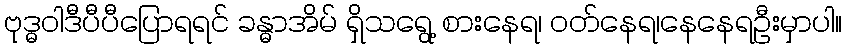
ဗုဒ္ဓဝါဒီပီပီပြောရရင် ခန္ဓာအိမ် ရှိသရွေ့ စားနေရ၊ ဝတ်နေရ၊နေနေရဦးမှာပါ။